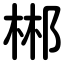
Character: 郴